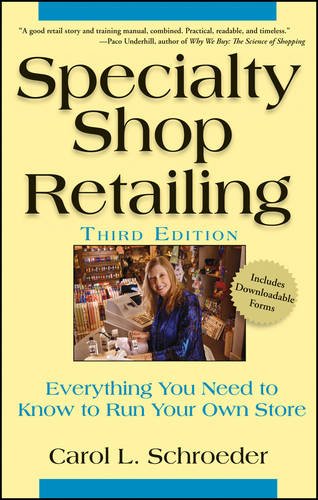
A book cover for Specialty Shop Retailing: Everything You Need to Know to Run Your Own Store; Carol L. Schroeder; Business & Money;